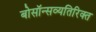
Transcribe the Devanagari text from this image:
बोसॉन्सव्यतिरिक्त